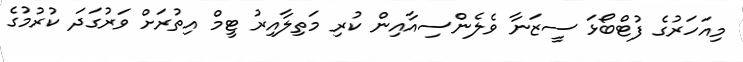
މިއަހަރުގެ ފުޓްބޯޅަ ސީޒަނާ ވެލެންސިއާއިން ކުރި މަތިލާއިރު ޓީމް އިތުރަށް ވަރުގަދަ ކުރުމުގެ